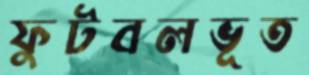
ফুটবলভূত